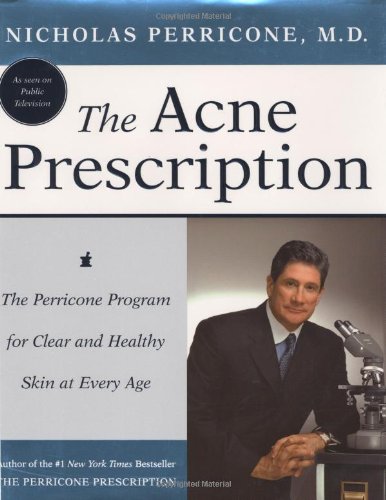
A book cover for The Acne Prescription: The Perricone Program for Clear and Healthy Skin at Every Age; Nicholas Perricone; Health, Fitness & Dieting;